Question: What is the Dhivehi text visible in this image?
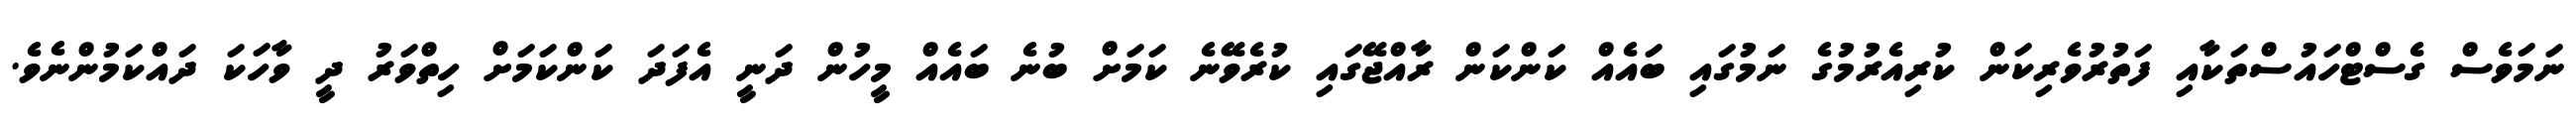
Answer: ނަމަވެސް ގެސްޓްހައުސްތަކާއި ފަތުރުވެރިކަން ކުރިއެރުމުގެ ނަމުގައި ބައެއް ކަންކަން ރާއްޖޭގައި ކުރެވޭނެ ކަމަށް ބުނެ ބައެއް މީހުން ދަނީ އެފަދަ ކަންކަމަށް ހިތްވަރު ދީ ވާހަކަ ދައްކަމުންނެވެ.